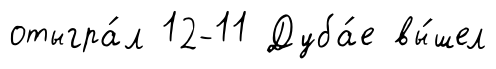
отыгра́л 12-11 Дуба́е вы́шел